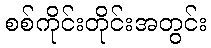
စစ်ကိုင်းတိုင်းအတွင်း